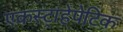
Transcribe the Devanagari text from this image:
एकस्ट्राहेपेटिक